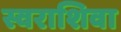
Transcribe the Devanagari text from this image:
स्वराशिवा